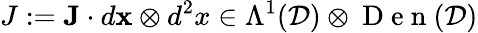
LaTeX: J:=\mathbf{J}\cdot d{\mathbf{x}}\otimes d^{2}x\in\Lambda^{1}(\mathcal{D})\otimes\mathrm{~D~e~n~}(\mathcal{D})